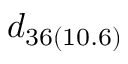
d _ { 3 6 ( 1 0 . 6 ) }